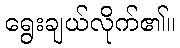
ရွေးချယ်လိုက်၏။